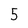
Character: 5